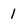
Character: 1